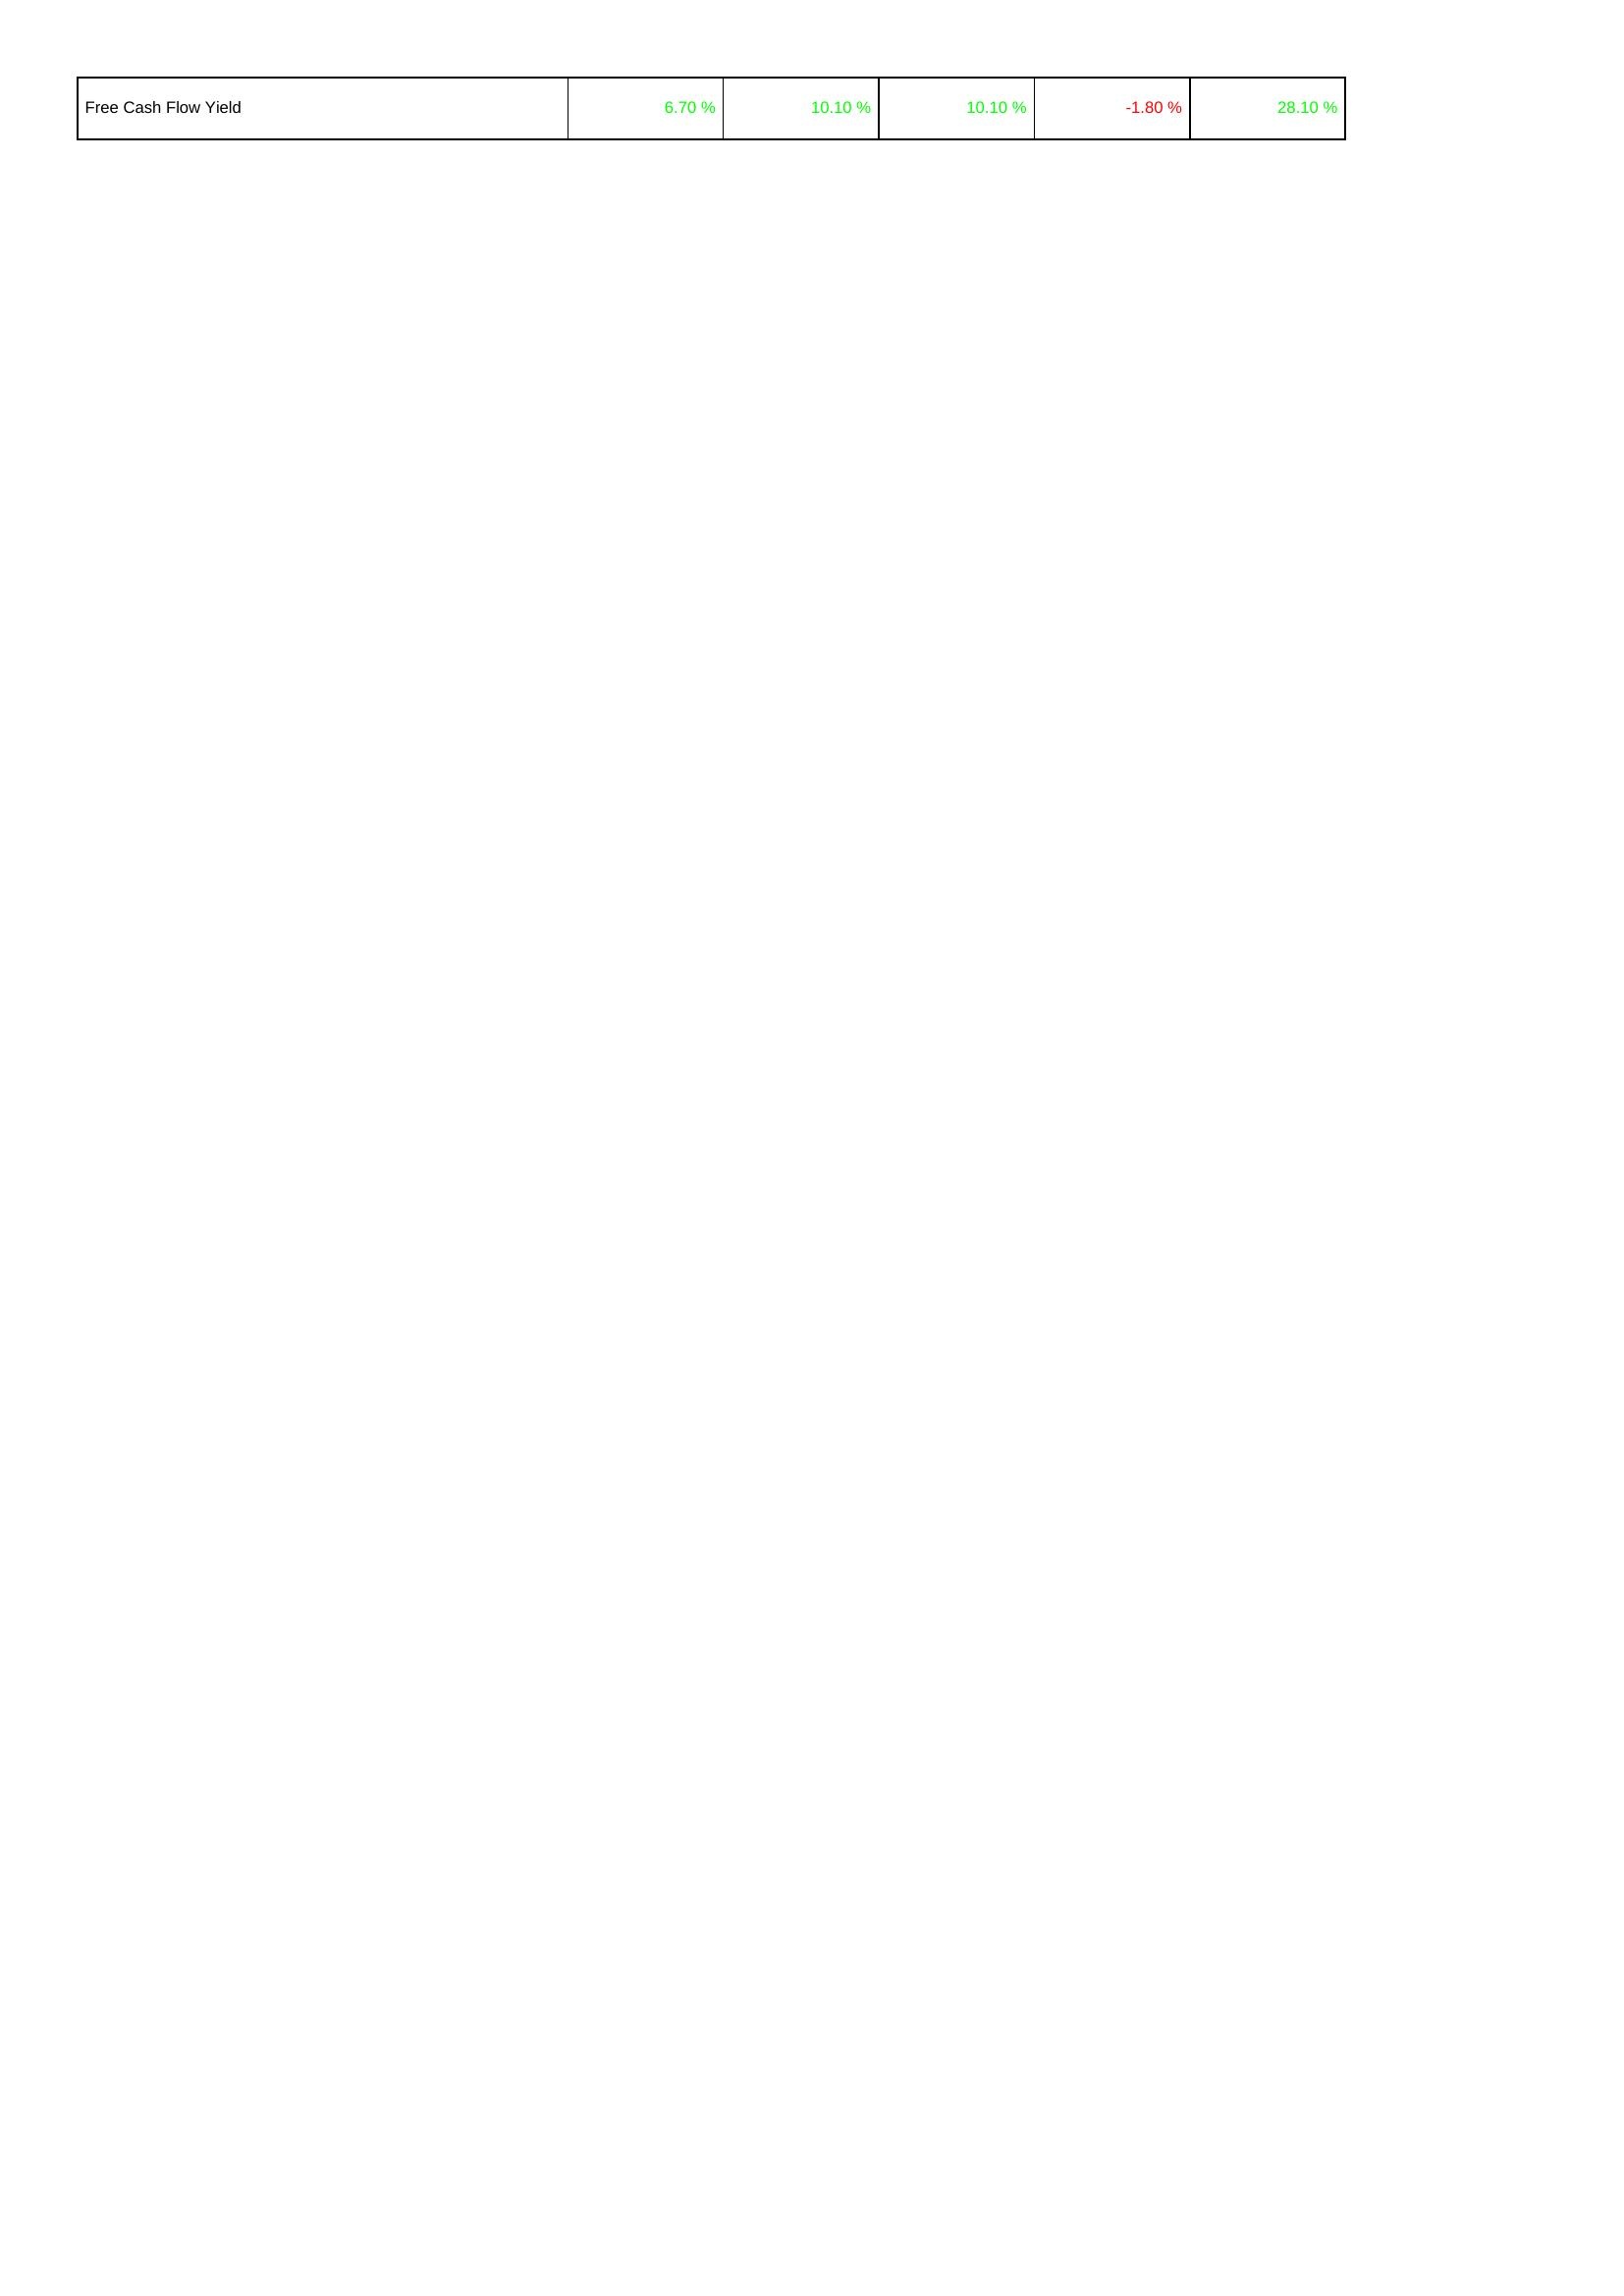
2015: Financing Activities: Free Cash Flow Yield: 6.70 %
2016: Financing Activities: Free Cash Flow Yield: 10.10 %
2017: Financing Activities: Free Cash Flow Yield: 10.10 %
2018: Financing Activities: Free Cash Flow Yield: -1.80 %
2019: Financing Activities: Free Cash Flow Yield: 28.10 %